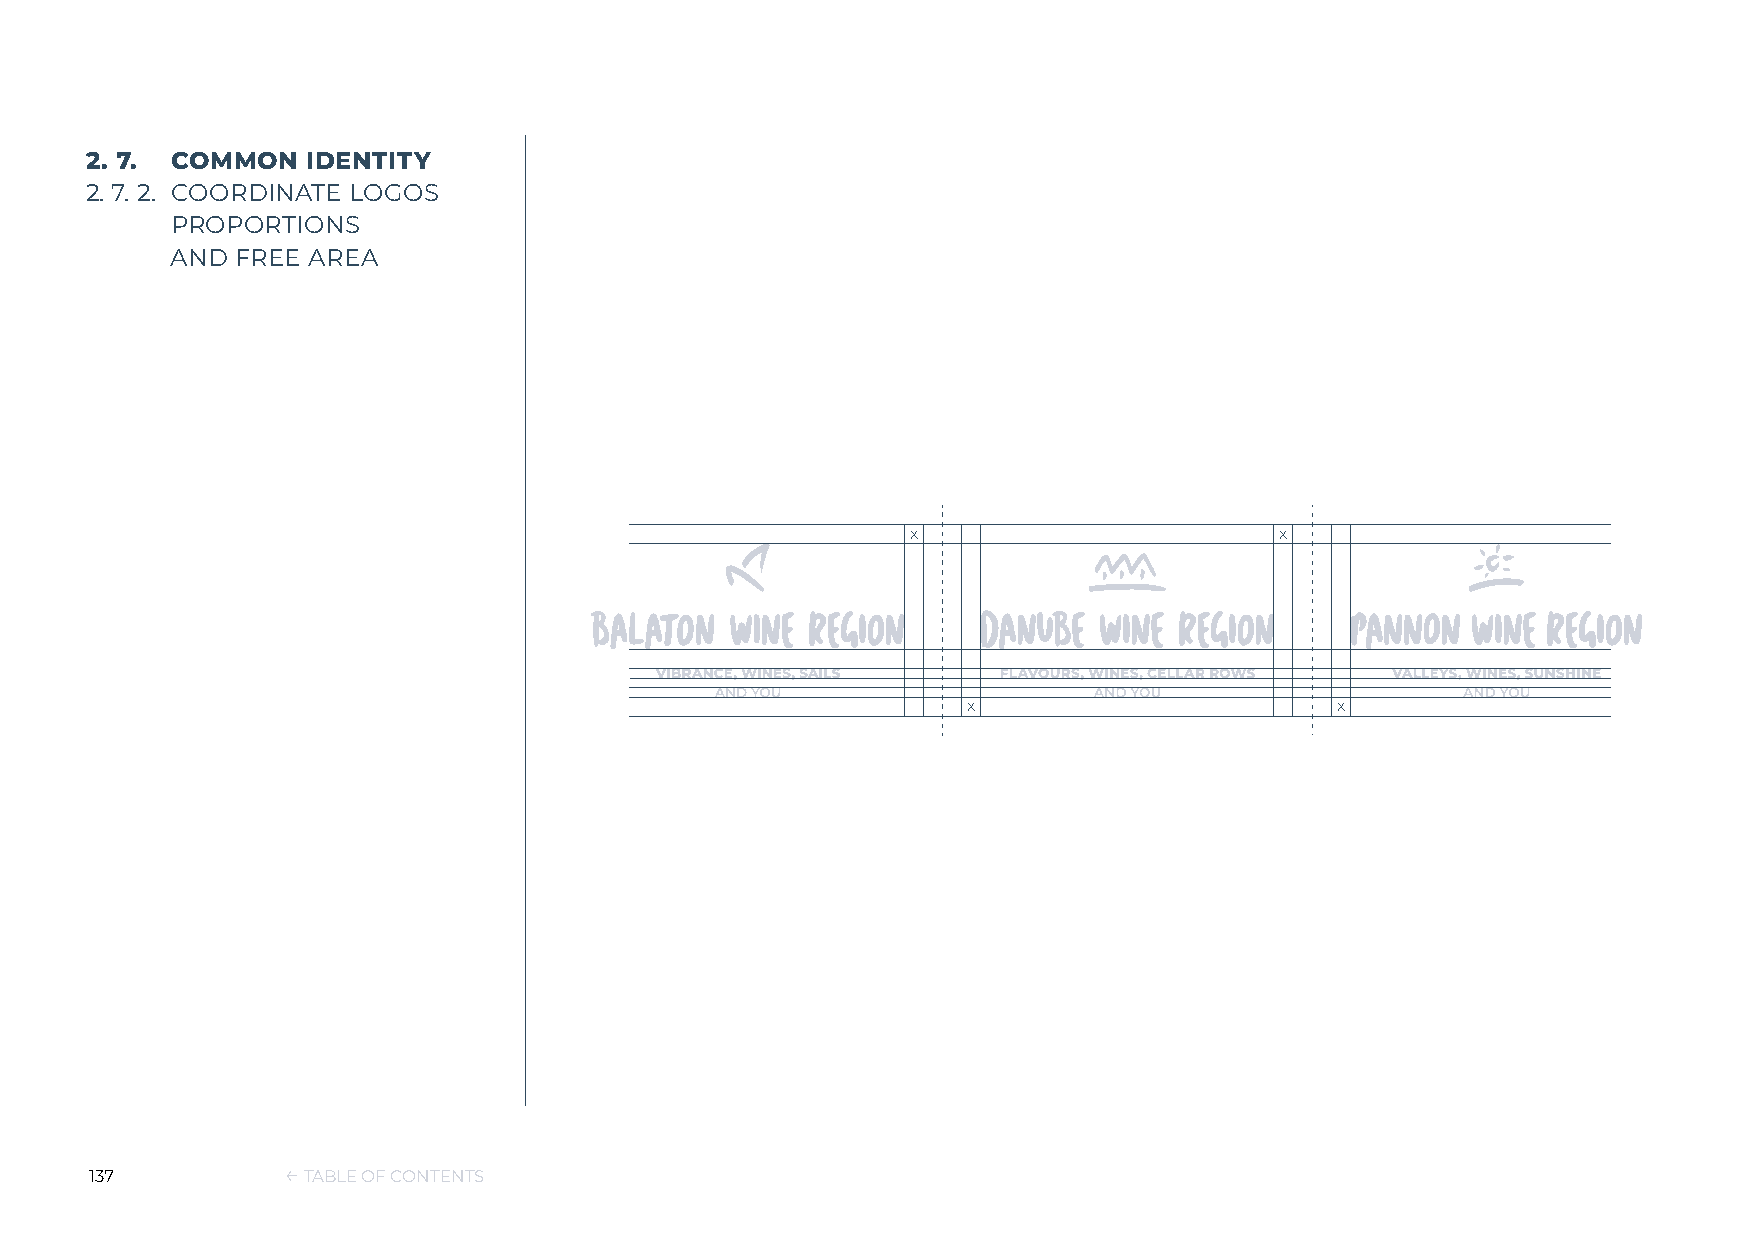
2. 7. COMMON  IDENTITY
 2. 7. 2. COORDINATE LOGOS
 PROPORTIONS
 AND  FREE AREA
 x                        x
 x                       x
 137          ← TABLE OF CONTENTS